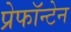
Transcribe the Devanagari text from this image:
प्रेफॉन्टेन